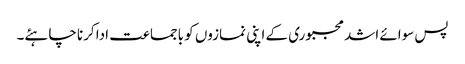
پس سوائے اشد مجبوری کے اپنی نمازوں کو باجماعت ادا کرنا چاہئے۔